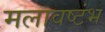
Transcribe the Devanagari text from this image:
मलावष्टंभ